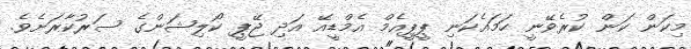
މިކަން ކަން ކުރެވޭނީ ހަމައެކަނި ޕީޕީއެމް އެމްޑީއޭ އަދި ޖޭޕީ ކޯލިޝަންގެ ސަރުކާރަށެވެ.